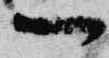
一